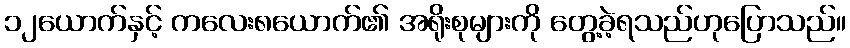
၁၂ယောက်နှင့် ကလေး၈ယောက်၏ အရိုးစုများကို တွေ့ခဲ့ရသည်ဟုပြောသည်။